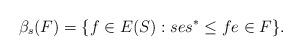
LaTeX: \begin{align*}\beta_s(F) = \{ f \in E(S) : ses^* \leq f e \in F \}.\end{align*}